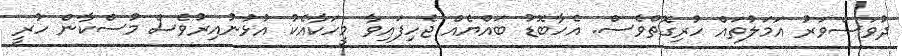
ދުވަސްވަރު އަމަލުތައް ހުރިގޮތްވެސް. އެހާބޮޑު ބައްޔެއް ޖެހިފައިވާ މީހަކާއެކު އުޅުނުއިރުވެސް މުސްކާން ހުރީ